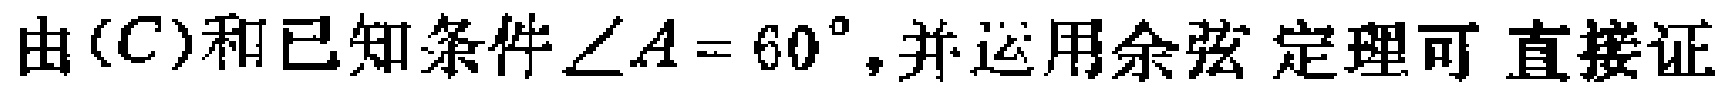
由\((C)\)和已知条件\(\angle A = 60^{\circ}\)，并运用余弦定理可直接证